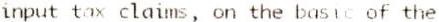
INPUT TAX CLAIMS, ON THE BASIC OF THE